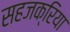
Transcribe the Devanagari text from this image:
सहजक्रिया